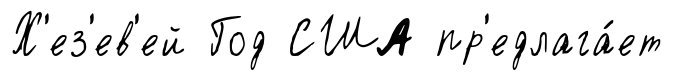
Х'ез'ев'ей Год США пр'едлага́ет